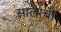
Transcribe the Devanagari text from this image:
सालांची